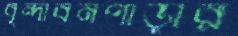
বৃন্দাবনপাড়ার